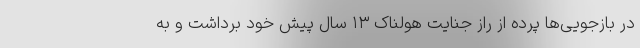
در بازجویی‌ها پرده از راز جنایت هولناک ۱۳ سال پیش خود برداشت و به